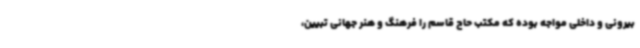
بیرونی و داخلی مواجه بوده که مکتب حاج قاسم را فرهنگ و هنر جهانی تبیین،